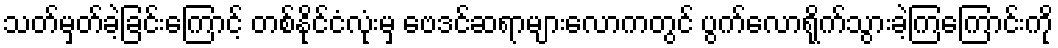
သတ်မှတ်ခဲ့ခြင်းကြောင့် တစ်နိုင်ငံလုံးမှ ဗေဒင်ဆရာများလောကတွင် ပွက်လောရိုက်သွားခဲ့ကြကြောင်းကို